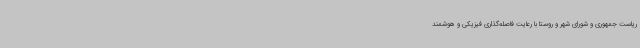
ریاست جمهوری و شورای شهر و روستا با رعایت فاصله‌گذاری فیزیکی و هوشمند